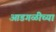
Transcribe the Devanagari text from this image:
आडगळीच्या